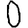
Digit: 0